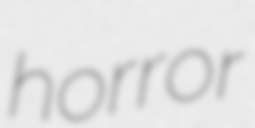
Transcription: horror